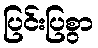
ပြင်းပြစွာ